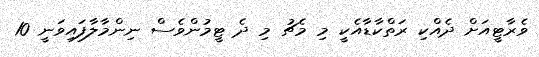
ވެރާޓީއަށް ދެއްކި ރަތްކާޑާއެކީ މި މެޗު މި ދެ ޓީމުންވެސް ނިންމާލާފައިވަނީ 10